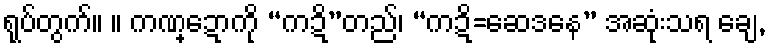
ရုပ်တွက်။ ။ ကဏ္ဍောကို “ကဍိ”တည်၊ “ကဍိ=ဆေဒနေ” အဆုံးသရ ချေ,